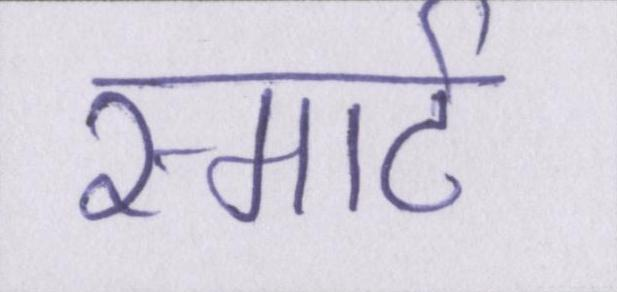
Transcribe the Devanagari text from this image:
स्मार्ट